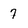
Character: 7